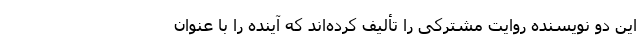
این دو نویسنده روایت مشترکی را تألیف کرده‌اند که آینده را با عنوان